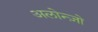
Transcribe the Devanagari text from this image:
अलोन्ज़ो